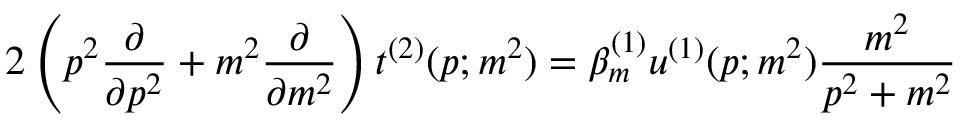
2 \left( p ^ { 2 } \frac { \partial } { \partial p ^ { 2 } } + m ^ { 2 } \frac { \partial } { \partial m ^ { 2 } } \right) t ^ { ( 2 ) } ( p ; m ^ { 2 } ) = \beta _ { m } ^ { ( 1 ) } u ^ { ( 1 ) } ( p ; m ^ { 2 } ) \frac { m ^ { 2 } } { p ^ { 2 } + m ^ { 2 } }